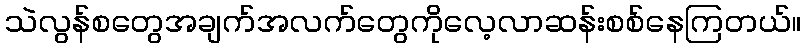
သဲလွန်စတွေအချက်အလက်တွေကိုလေ့လာဆန်းစစ်နေကြတယ်။